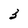
Character: 3